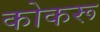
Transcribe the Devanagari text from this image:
कोकरू